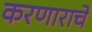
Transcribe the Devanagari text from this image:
करणाराचे